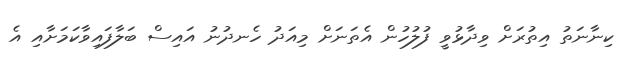
ކިނާނަތު އިތުރަށް ވިދާޅުވީ ފުލުހުން އެތަނަށް މިއަދު ހެނދުނު އައިސް ބަލާފައިވާކަމަށާއި އެ